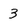
Character: 3